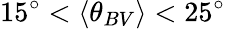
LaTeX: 15^{\circ}<\langle\theta_{BV}\rangle<25^{\circ}